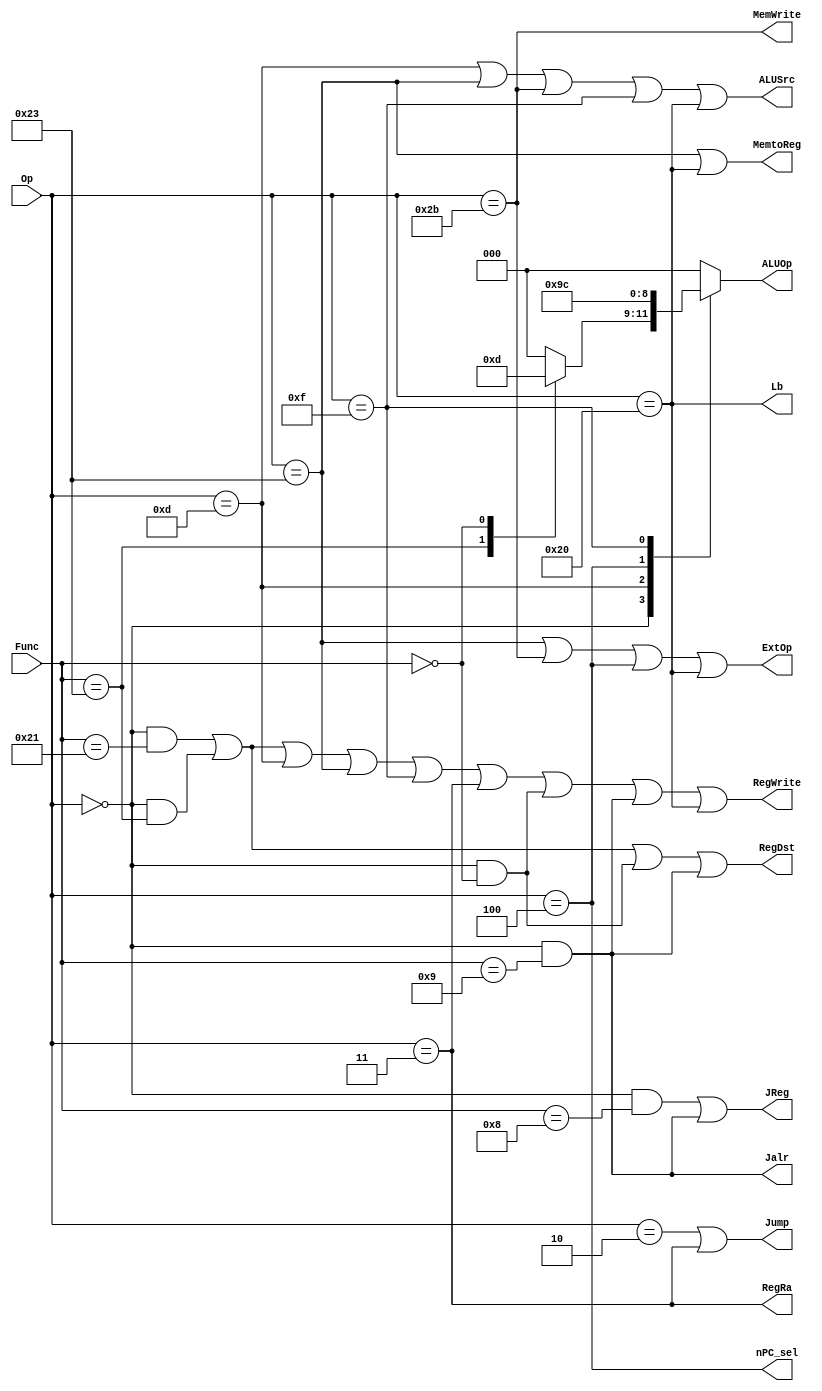
`timescale 1ns / 1ps
`define special 6'b000000
`define addu 	 6'b100001
`define subu    6'b100011
`define ori     6'b001101
`define lw      6'b100011
`define sw      6'b101011
`define beq     6'b000100
`define lui     6'b001111
`define nop     6'b000000
`define j       6'b000010
`define jal     6'b000011
`define jr      6'b001000
`define sll     6'b000000
`define jalr    6'b001001
`define lb      6'b100000
`define ALU_ADD 3'b000
`define ALU_SUB 3'b001
`define ALU_OR   3'b010
`define ALU_BEQ  3'b011
`define ALU_LUI  3'b100
`define ALU_SLL  3'b101
//////////////////////////////////////////////////////////////////////////////////
// Company: 
// Engineer: 
// 
// Design Name: 
// Module Name:    controller 
// Project Name: 
// Target Devices: 
// Tool versions: 
// Description: 
//
// Dependencies: 
//
// Revision: 
// Revision 0.01 - File Created
// Additional Comments: 
//
//////////////////////////////////////////////////////////////////////////////////
module controller(
    input [5:0] Op,
    input [5:0] Func,
    output RegDst,
    output ALUSrc,
    output MemtoReg,
    output RegWrite,
    output MemWrite,
    output nPC_sel,
    output ExtOp,
    output reg[2:0] ALUOp,
    output Jump,
    output RegRa,
    output JReg,
	 output Jalr,
	 output Lb
    );
	 
	 assign RegDst= (Op==`special && Func==`addu) ||(Op==`special && Func==`subu) || (Op==`special && Func==`sll)||(Op==`special && Func==`jalr);
	 assign ALUSrc= Op==`ori || Op==`lw || Op==`sw || Op==`lui ||Op==`lb;
	 assign MemtoReg= Op==`lw|| Op==`lb;
	 assign RegWrite= (Op==`special && Func==`addu) || (Op==`special && Func==`subu) || Op==`ori || Op==`lw || Op==`lui || Op==`jal||(Op==`special && Func==`sll)||(Op==`special && Func==`jalr)||Op==`lb;
	 assign MemWrite= Op==`sw;
	 assign nPC_sel= Op==`beq;
	 assign ExtOp= Op==`lw || Op==`sw || Op==`beq||Op==`lb;
	 assign Jump= Op==`j || Op==`jal;
	 assign RegRa= Op==`jal;
	 assign JReg= (Op==`special && Func==`jr)||(Op==`special && Func==`jalr);
	 assign Jalr= Op==`special && Func==`jalr;
	 assign Lb= Op==`lb;
	 
	 always @(*) begin
		 case(Op)
			`special: begin
				case(Func)
					`addu: ALUOp=`ALU_ADD;
					`subu: ALUOp=`ALU_SUB;
					`jr: ALUOp=`ALU_ADD;
					`sll:ALUOp=`ALU_SLL;
					`jalr:ALUOp=`ALU_ADD;
					default: ALUOp=`ALU_ADD;
				endcase
			end
			`ori: ALUOp=`ALU_OR;
			`beq: ALUOp=`ALU_BEQ;
			`lui: ALUOp=`ALU_LUI;
			`lb: ALUOp=`ALU_ADD;
			default: ALUOp=`ALU_ADD;
		 endcase
	 end
	 

endmodule